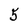
Character: 5